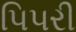
પિપરી